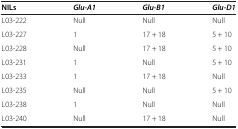
<table><thead><tr><td><b>NILs</b></td><td><b><i>Glu-A1</i></b></td><td><b><i>Glu-B1</i></b></td><td><b><i>Glu-D1</i></b></td></tr></thead><tbody><tr><td>L03-222</td><td>Null</td><td>Null</td><td>Null</td></tr><tr><td>L03-227</td><td>1</td><td>17 + 18</td><td>5 + 10</td></tr><tr><td>L03-228</td><td>Null</td><td>17 + 18</td><td>5 + 10</td></tr><tr><td>L03-231</td><td>1</td><td>Null</td><td>5 + 10</td></tr><tr><td>L03-233</td><td>1</td><td>17 + 18</td><td>Null</td></tr><tr><td>L03-235</td><td>Null</td><td>Null</td><td>5 + 10</td></tr><tr><td>L03-238</td><td>1</td><td>Null</td><td>Null</td></tr><tr><td>L03-240</td><td>Null</td><td>17 + 18</td><td>Null</td></tr></tbody></table>